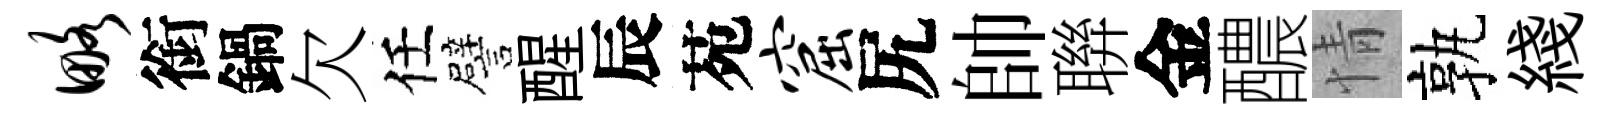
略銜鍋欠任譬醒辰苑窟尻帥聨金醲情孰綫